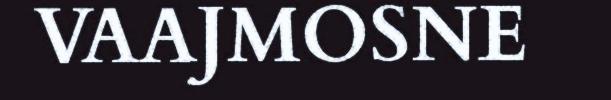
VAAJMOSNE